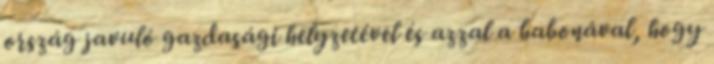
ország javuló gazdasági helyzetével és azzal a babonával, hogy